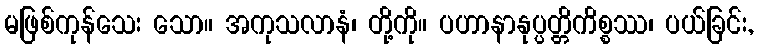
မဖြစ်ကုန်သေး သော။ အကုသလာနံ၊ တို့ကို။ ပဟာနာနုပ္ပတ္တိကိစ္စဿ၊ ပယ်ခြင်း,